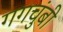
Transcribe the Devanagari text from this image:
गगचुंबी